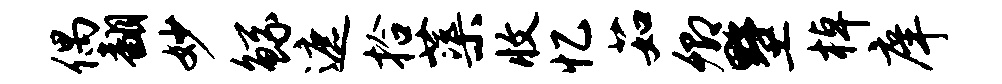
偶翻妙鲧遮拾蕖收忆茹卿墅棹庠